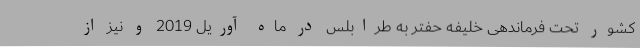
کشور تحت فرماندهی خلیفه حفتر به طرابلس در ماه آوریل 2019 و نیز از